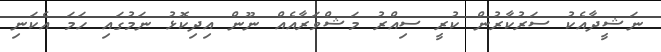
ނަޝީދާއެކު ސަރުކާރުން ކުރީ ސިއްރު މަޝްވަރާއެއް ނޫން އިދިކޮޅު ނަމުގައި ހަމަ އެކަނި